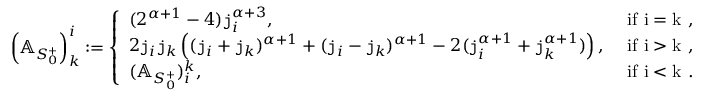
\begin{array} { r } { \left( \mathbb { A } _ { S _ { 0 } ^ { + } } \right) _ { k } ^ { i } : = \left\{ \begin{array} { l l } { ( 2 ^ { \alpha + 1 } - 4 ) \mathtt { j } _ { i } ^ { \alpha + 3 } , } & { \mathrm { ~ i f ~ i = k ~ , } } \\ { 2 \mathtt { j } _ { i } \mathtt { j } _ { k } \left( ( \mathtt { j } _ { i } + \mathtt { j } _ { k } ) ^ { \alpha + 1 } + ( \mathtt { j } _ { i } - \mathtt { j } _ { k } ) ^ { \alpha + 1 } - 2 ( \mathtt { j } _ { i } ^ { \alpha + 1 } + \mathtt { j } _ { k } ^ { \alpha + 1 } ) \right) , } & { \mathrm { ~ i f ~ i > k ~ , } } \\ { ( \mathbb { A } _ { S _ { 0 } ^ { + } } ) _ { i } ^ { k } , } & { \mathrm { ~ i f ~ i < k ~ . } } \end{array} \right. } \end{array}